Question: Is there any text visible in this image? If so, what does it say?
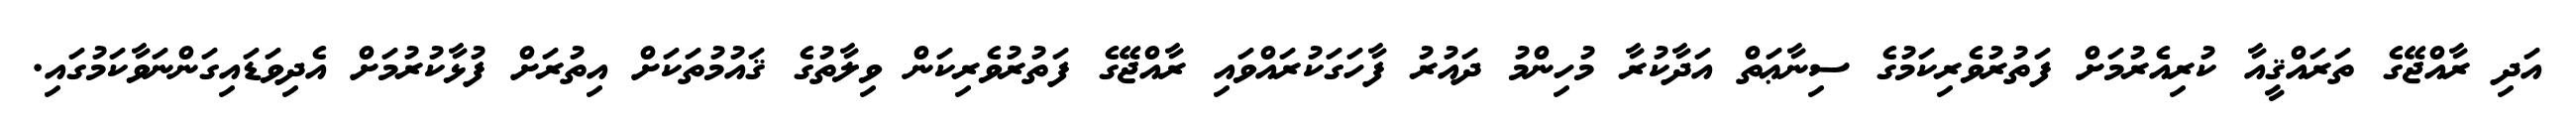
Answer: އަދި ރާއްޖޭގެ ތަރައްޤީއާ ކުރިއެރުމަށް ފަތުރުވެރިކަމުގެ ސިނާޢަތް އަދާކުރާ މުހިންމު ދައުރު ފާހަގަކުރައްވައި ރާއްޖޭގެ ފަތުރުވެރިކަން ވިލާތުގެ ޤައުމުތަކަށް އިތުރަށް ފުޅާކުރުމަށް އެދިވަޑައިގަންނަވާކަމުގައި.